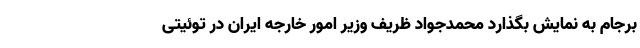
برجام به نمایش بگذارد محمدجواد ظریف وزیر امور خارجه ایران در توئیتی